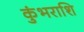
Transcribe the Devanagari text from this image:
कुंभराशि